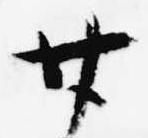
廿